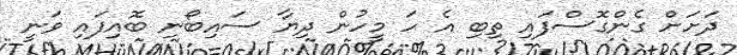
ދަށަށް ގެންގޮސްފައި ތިބި އެ ހަ މީހުން ދިޔާ ސައިބޯނި ބޮއިފައި ވަނީ